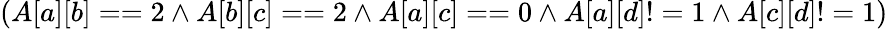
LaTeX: (A[a][b]==2\land A[b][c]==2\land A[a][c]==0\land A[a][d]!=1\land A[c][d]!=1)